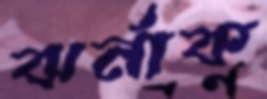
ঝর্নাক